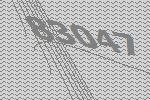
83047